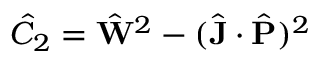
\hat { C } _ { 2 } = \hat { \mathbf { W } } ^ { 2 } - ( \hat { \mathbf { J } } \cdot \hat { \mathbf { P } } ) ^ { 2 }